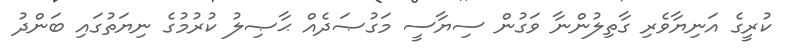
ކުރީގެ އަނިޔާވެރި ގާތިލުންނާ ވަގުން ސިޔާސީ މަގުޞަދެއް ޙާޞިލު ކުރުމުގެ ނިޔަތުގައި ބަންދު